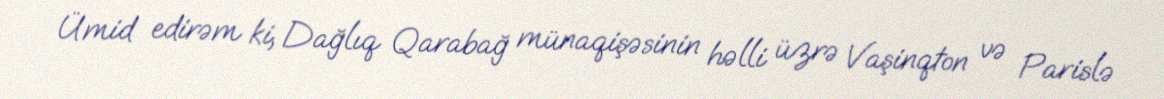
Ümid edirəm ki, Dağlıq Qarabağ münaqişəsinin həlli üzrə Vaşinqton və Parislə